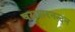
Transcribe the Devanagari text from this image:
पराशरनन्दन